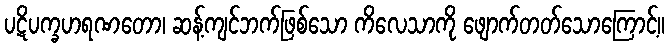
ပဋိပက္ခဟရဏတော၊ ဆန့်ကျင်ဘက်ဖြစ်သော ကိလေသာကို ဖျောက်တတ်သောကြောင့်။